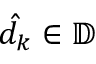
\hat { d _ { k } } \in \mathbb { D }